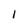
Character: 1